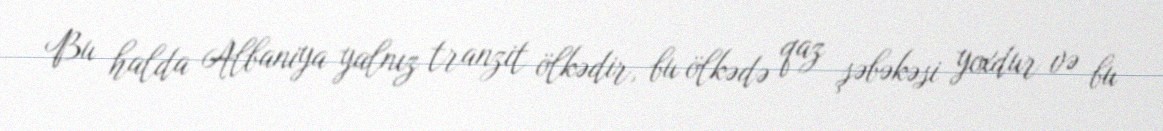
Bu halda Albaniya yalnız tranzit ölkədir, bu ölkədə qaz şəbəkəsi yoxdur və bu